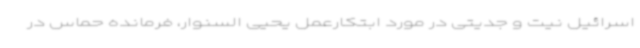
اسرائیل نیت و جدیتی در مورد ابتکارعمل یحیی السنوار، فرمانده حماس در